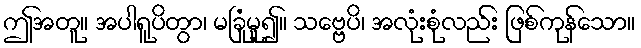
ဤအတူ။ အပါရူပိတွာ၊ မခြုံမူ၍။ သဗ္ဗေပိ၊ အလုံးစုံလည်း ဖြစ်ကုန်သော။